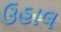
ઉહાલ